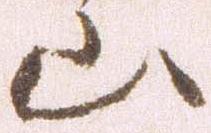
山